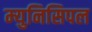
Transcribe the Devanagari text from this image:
म्‍युनिसिपल